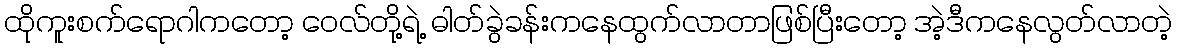
ထိုကူးစက်ရောဂါကတော့ ဝေလ်တို့ရဲ့ ဓါတ်ခွဲခန်းကနေထွက်လာတာဖြစ်ပြီးတော့ အဲ့ဒီကနေလွတ်လာတဲ့